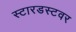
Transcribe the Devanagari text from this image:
स्टारडस्टवर